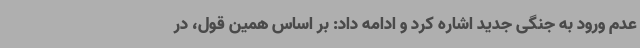
عدم ورود به جنگی جدید اشاره کرد و ادامه داد: بر اساس همین قول، در